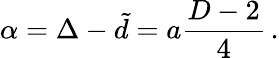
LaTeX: \alpha=\Delta-\tilde{d}=a{\frac{D-2}{4}}\, .